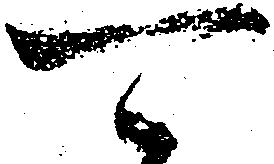
可